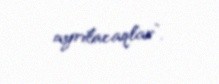
ayrılacaqlar”.